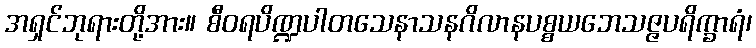
အရှင်ဘုရားတို့အား။ စီဝရပိဏ္ဍပါတသေနာသနဂိလာနပစ္စယဘေသဇ္ဇပရိက္ခာရံ၊